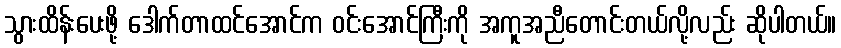
သွားထိန်းပေးဖို့ ဒေါက်တာထင်အောင်က ဝင်းအောင်ကြီးကို အကူအညီတောင်းတယ်လို့လည်း ဆိုပါတယ်။